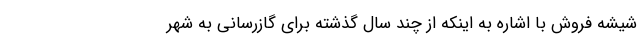
شیشه فروش با اشاره به اینکه از چند سال گذشته برای گازرسانی به شهر